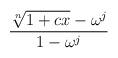
LaTeX: \begin{align*}{\root n\of{1+cx}-\omega^j\over 1-\omega^j}\end{align*}